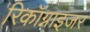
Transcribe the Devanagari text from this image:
रिकॉग्नाइजर